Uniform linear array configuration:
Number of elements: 24
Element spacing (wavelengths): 0.25
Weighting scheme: binomial
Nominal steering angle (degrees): -45
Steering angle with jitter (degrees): -44.941
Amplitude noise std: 0.05
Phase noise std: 0.05

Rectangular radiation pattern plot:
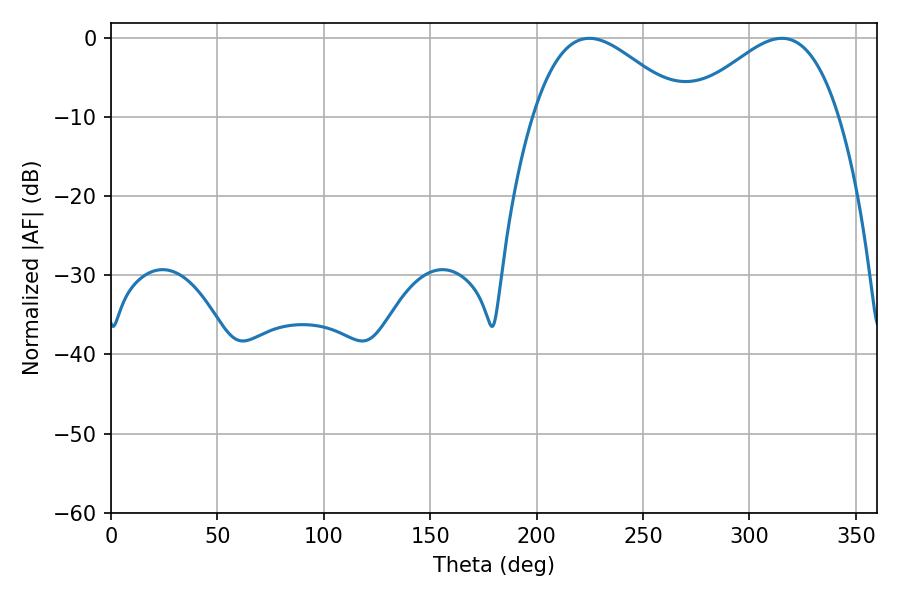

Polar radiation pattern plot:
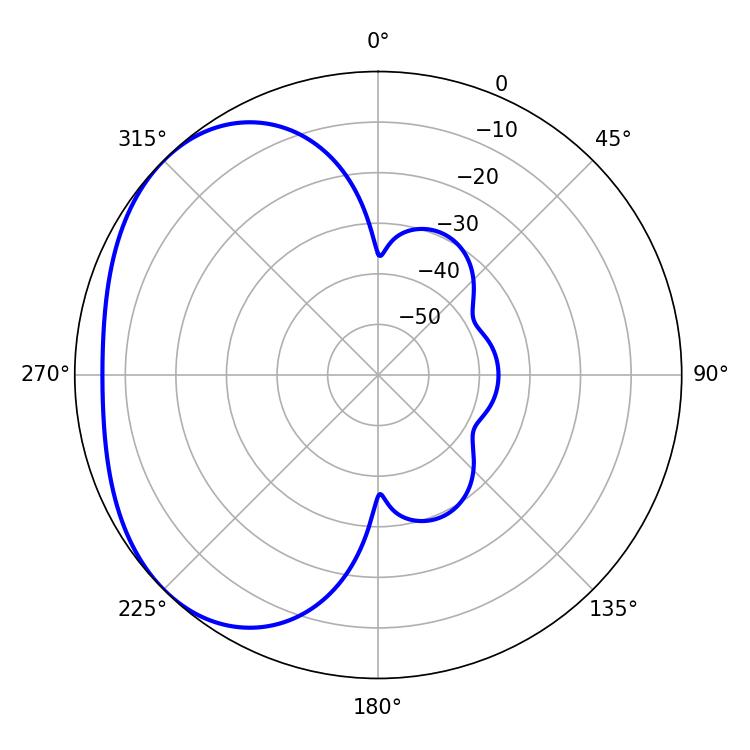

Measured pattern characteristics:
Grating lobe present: FALSE
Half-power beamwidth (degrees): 38.34
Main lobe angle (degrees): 224.82